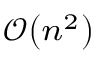
\scriptstyle { { \mathcal { O } } \left( n ^ { 2 } \right) }